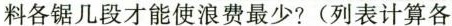
料各锯几段才能使浪费最少?(列表计算各